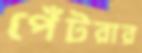
পেঁটরার